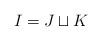
LaTeX: \begin{align*}I = J \sqcup K\end{align*}